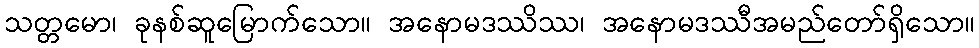
သတ္တမော၊ ခုနစ်ဆူမြောက်သော။ အနောမဒဿိဿ၊ အနောမဒဿီအမည်တော်ရှိသော။